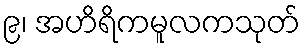
၉၊ အဟိရိကမူလကသုတ်